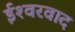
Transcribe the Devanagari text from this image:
ईश्‍वरवाद